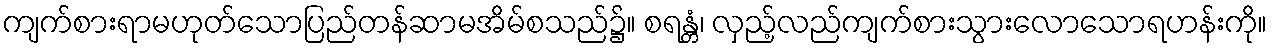
ကျက်စားရာမဟုတ်သောပြည်တန်ဆာမအိမ်စသည်၌။ စရန္တံ၊ လှည့်လည်ကျက်စားသွားလောသောရဟန်းကို။